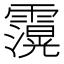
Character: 𮦶